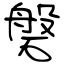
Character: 磐